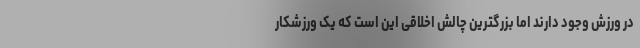
در ورزش وجود دارند اما بزرگترین چالش اخلاقی این است که یک ورزشکار